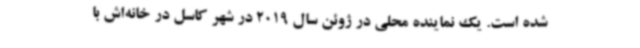
شده است. یک نماینده محلی در ژوئن سال 2019 در شهر کاسل در خانه‌اش با